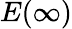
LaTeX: E(\infty)